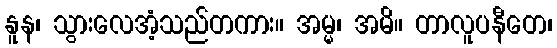
နူန၊ သွားလေအံ့သည်တကား။ အမ္မ၊ အမိ။ တာလူပနီတေ၊